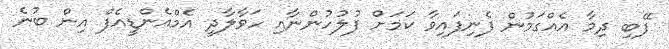
ފޭބި ދިމާ އެއްގަމުން ފެނިފައިވާ ކަމަށް ފުލުހުންނާއި ހަވާލާދީ އެމްއެންޑީއެފް އިން ބުނެ